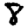
Digit: 8